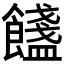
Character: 𩟏